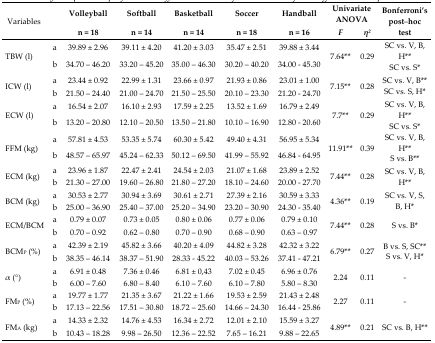
<table><thead><tr><td rowspan="2"><b>Variables</b></td><td rowspan="2"></td><td><b>Volleyball</b></td><td><b>Softball</b></td><td><b>Basketball</b></td><td><b>Soccer</b></td><td><b>Handball</b></td><td colspan="2"><b>Univariate ANOVA</b></td><td rowspan="2"><b>Bonferroni’s post–hoc test</b></td></tr><tr><td><b>n = 18</b></td><td><b>n = 14</b></td><td><b>n = 14</b></td><td><b>n = 18</b></td><td><b>n = 16</b></td><td><b><i>F</i></b></td><td><b>η<i><sup>2</sup></i></b></td></tr></thead><tbody><tr><td rowspan="2">TBW (l)</td><td>a</td><td>39.89 ± 2.96</td><td>39.11 ± 4.20</td><td>41.20 ± 3.03</td><td>35.47 ± 2.51</td><td>39.88 ± 3.44</td><td rowspan="2">7.64<sup>**</sup></td><td rowspan="2">0.29</td><td>SC vs. V, B, H<sup>**</sup></td></tr><tr><td>b</td><td>34.70 – 46.20</td><td>33.20 – 45.20</td><td>35.00 – 46.30</td><td>30.20 – 40.20</td><td>34.00 – 45.30</td><td>SC vs. S<sup>*</sup></td></tr><tr><td rowspan="2">ICW (l)</td><td>a</td><td>23.44 ± 0.92</td><td>22.99 ± 1.31</td><td>23.66 ± 0.97</td><td>21.93 ± 0.86</td><td>23.01 ± 1.00</td><td rowspan="2">7.15<sup>**</sup></td><td rowspan="2">0.28</td><td>SC vs. V, B<sup>**</sup></td></tr><tr><td>b</td><td>21.50 – 24.40</td><td>21.00 – 24.70</td><td>21.50 – 25.50</td><td>20.10 – 23.30</td><td>21.20 – 24.70</td><td>SC vs. S, H<sup>*</sup></td></tr><tr><td rowspan="2">ECW (l)</td><td>a</td><td>16.54 ± 2.07</td><td>16.10 ± 2.93</td><td>17.59 ± 2.25</td><td>13.52 ± 1.69</td><td>16.79 ± 2.49</td><td rowspan="2">7.7<sup>**</sup></td><td rowspan="2">0.29</td><td>SC vs. V B, H<sup>**</sup></td></tr><tr><td>b</td><td>13.20 – 20.80</td><td>12.10 – 20.50</td><td>13.50 – 21.80</td><td>10.10 – 16.90</td><td>12.80 – 20.60</td><td>SC vs. S<sup>*</sup></td></tr><tr><td rowspan="2">FFM (kg)</td><td>a</td><td>57.81 ± 4.53</td><td>53.35 ± 5.74</td><td>60.30 ± 5.42</td><td>49.40 ± 4.31</td><td>56.95 ± 5.34</td><td rowspan="2">11.91<sup>**</sup></td><td rowspan="2">0.39</td><td>SC vs. V, B, H<sup>**</sup></td></tr><tr><td>b</td><td>48.57 – 65.97</td><td>45.24 – 62.33</td><td>50.12 – 69.50</td><td>41.99 – 55.92</td><td>46.84 – 64.95</td><td>S vs. B<sup>**</sup></td></tr><tr><td rowspan="2">ECM (kg)</td><td>a</td><td>23.96 ± 1.87</td><td>22.47 ± 2.41</td><td>24.54 ± 2.03</td><td>21.07 ± 1.68</td><td>23.89 ± 2.52</td><td rowspan="2">7.44<sup>**</sup></td><td rowspan="2">0.28</td><td rowspan="2">SC vs. V, B, H<sup>**</sup></td></tr><tr><td>b</td><td>21.30 – 27.00</td><td>19.60 – 26.80</td><td>21.80 – 27.20</td><td>18.10 – 24.60</td><td>20.00 – 27.70</td></tr><tr><td rowspan="2">BCM (kg)</td><td>a</td><td>30.53 ± 2.77</td><td>30.94 ± 3.69</td><td>30.61 ± 2.71</td><td>27.39 ± 2.16</td><td>30.59 ± 3.33</td><td rowspan="2">4.36<sup>**</sup></td><td rowspan="2">0.19</td><td rowspan="2">SC vs. V, S, B, H<sup>*</sup></td></tr><tr><td>b</td><td>25.00 – 36.90</td><td>25.40 – 37.00</td><td>25.20 – 34.90</td><td>23.20 – 30.90</td><td>24.30 – 35.40</td></tr><tr><td rowspan="2">ECM/BCM</td><td>a</td><td>0.79 ± 0.07</td><td>0.73 ± 0.05</td><td>0.80 ± 0.06</td><td>0.77 ± 0.06</td><td>0.79 ± 0.10</td><td rowspan="2">7.44<sup>**</sup></td><td rowspan="2">0.28</td><td rowspan="2">S vs. B<sup>*</sup></td></tr><tr><td>b</td><td>0.70 – 0.92</td><td>0.62 – 0.80</td><td>0.70 – 0.90</td><td>0.68 – 0.90</td><td>0.63 – 0.97</td></tr><tr><td rowspan="2">BCM<sub>P</sub> (%)</td><td>a</td><td>42.39 ± 2.19</td><td>45.82 ± 3.66</td><td>40.20 ± 4.09</td><td>44.82 ± 3.28</td><td>42.32 ± 3.22</td><td rowspan="2">6.79<sup>**</sup></td><td rowspan="2">0.27</td><td>B vs. S, SC<sup>**</sup></td></tr><tr><td>b</td><td>38.35 – 46.14</td><td>38.37 – 51.90</td><td>28.33 – 45.22</td><td>40.03 – 53.26</td><td>37.41 – 47.21</td><td>S vs. V, H<sup>*</sup></td></tr><tr><td rowspan="2">α (°)</td><td>a</td><td>6.91 ± 0.48</td><td>7.36 ± 0.46</td><td>6.81 ± 0,43</td><td>7.02 ± 0.45</td><td>6.96 ± 0.76</td><td rowspan="2">2.24</td><td rowspan="2">0.11</td><td rowspan="2">-</td></tr><tr><td>b</td><td>6.00 – 7.60</td><td>6.80 – 8.40</td><td>6.10 – 7.60</td><td>6.10 – 7.80</td><td>5.80 – 8.30</td></tr><tr><td rowspan="2">FM<sub>P</sub> (%)</td><td>a</td><td>19.77 ± 1.77</td><td>21.35 ± 3.67</td><td>21.22 ± 1.66</td><td>19.53 ± 2.59</td><td>21.43 ± 2.48</td><td rowspan="2">2.27</td><td rowspan="2">0.11</td><td rowspan="2">-</td></tr><tr><td>b</td><td>17.13 – 22.56</td><td>17.51 – 30.80</td><td>18.72 – 25.60</td><td>14.66 – 24.30</td><td>16.44 – 25.86</td></tr><tr><td rowspan="2">FM<sub>A</sub> (kg)</td><td>a</td><td>14.33 ± 2.32</td><td>14.76 ± 4.53</td><td>16.34 ± 2.72</td><td>12.01 ± 2.10</td><td>15.59 ± 3.27</td><td rowspan="2">4.89<sup>**</sup></td><td rowspan="2">0.21</td><td rowspan="2">SC vs. B, H<sup>**</sup></td></tr><tr><td>b</td><td>10.43 – 18.28</td><td>9.98 – 26.50</td><td>12.36 – 22.52</td><td>7.65 – 16.21</td><td>9.88 – 22.65</td></tr></tbody></table>